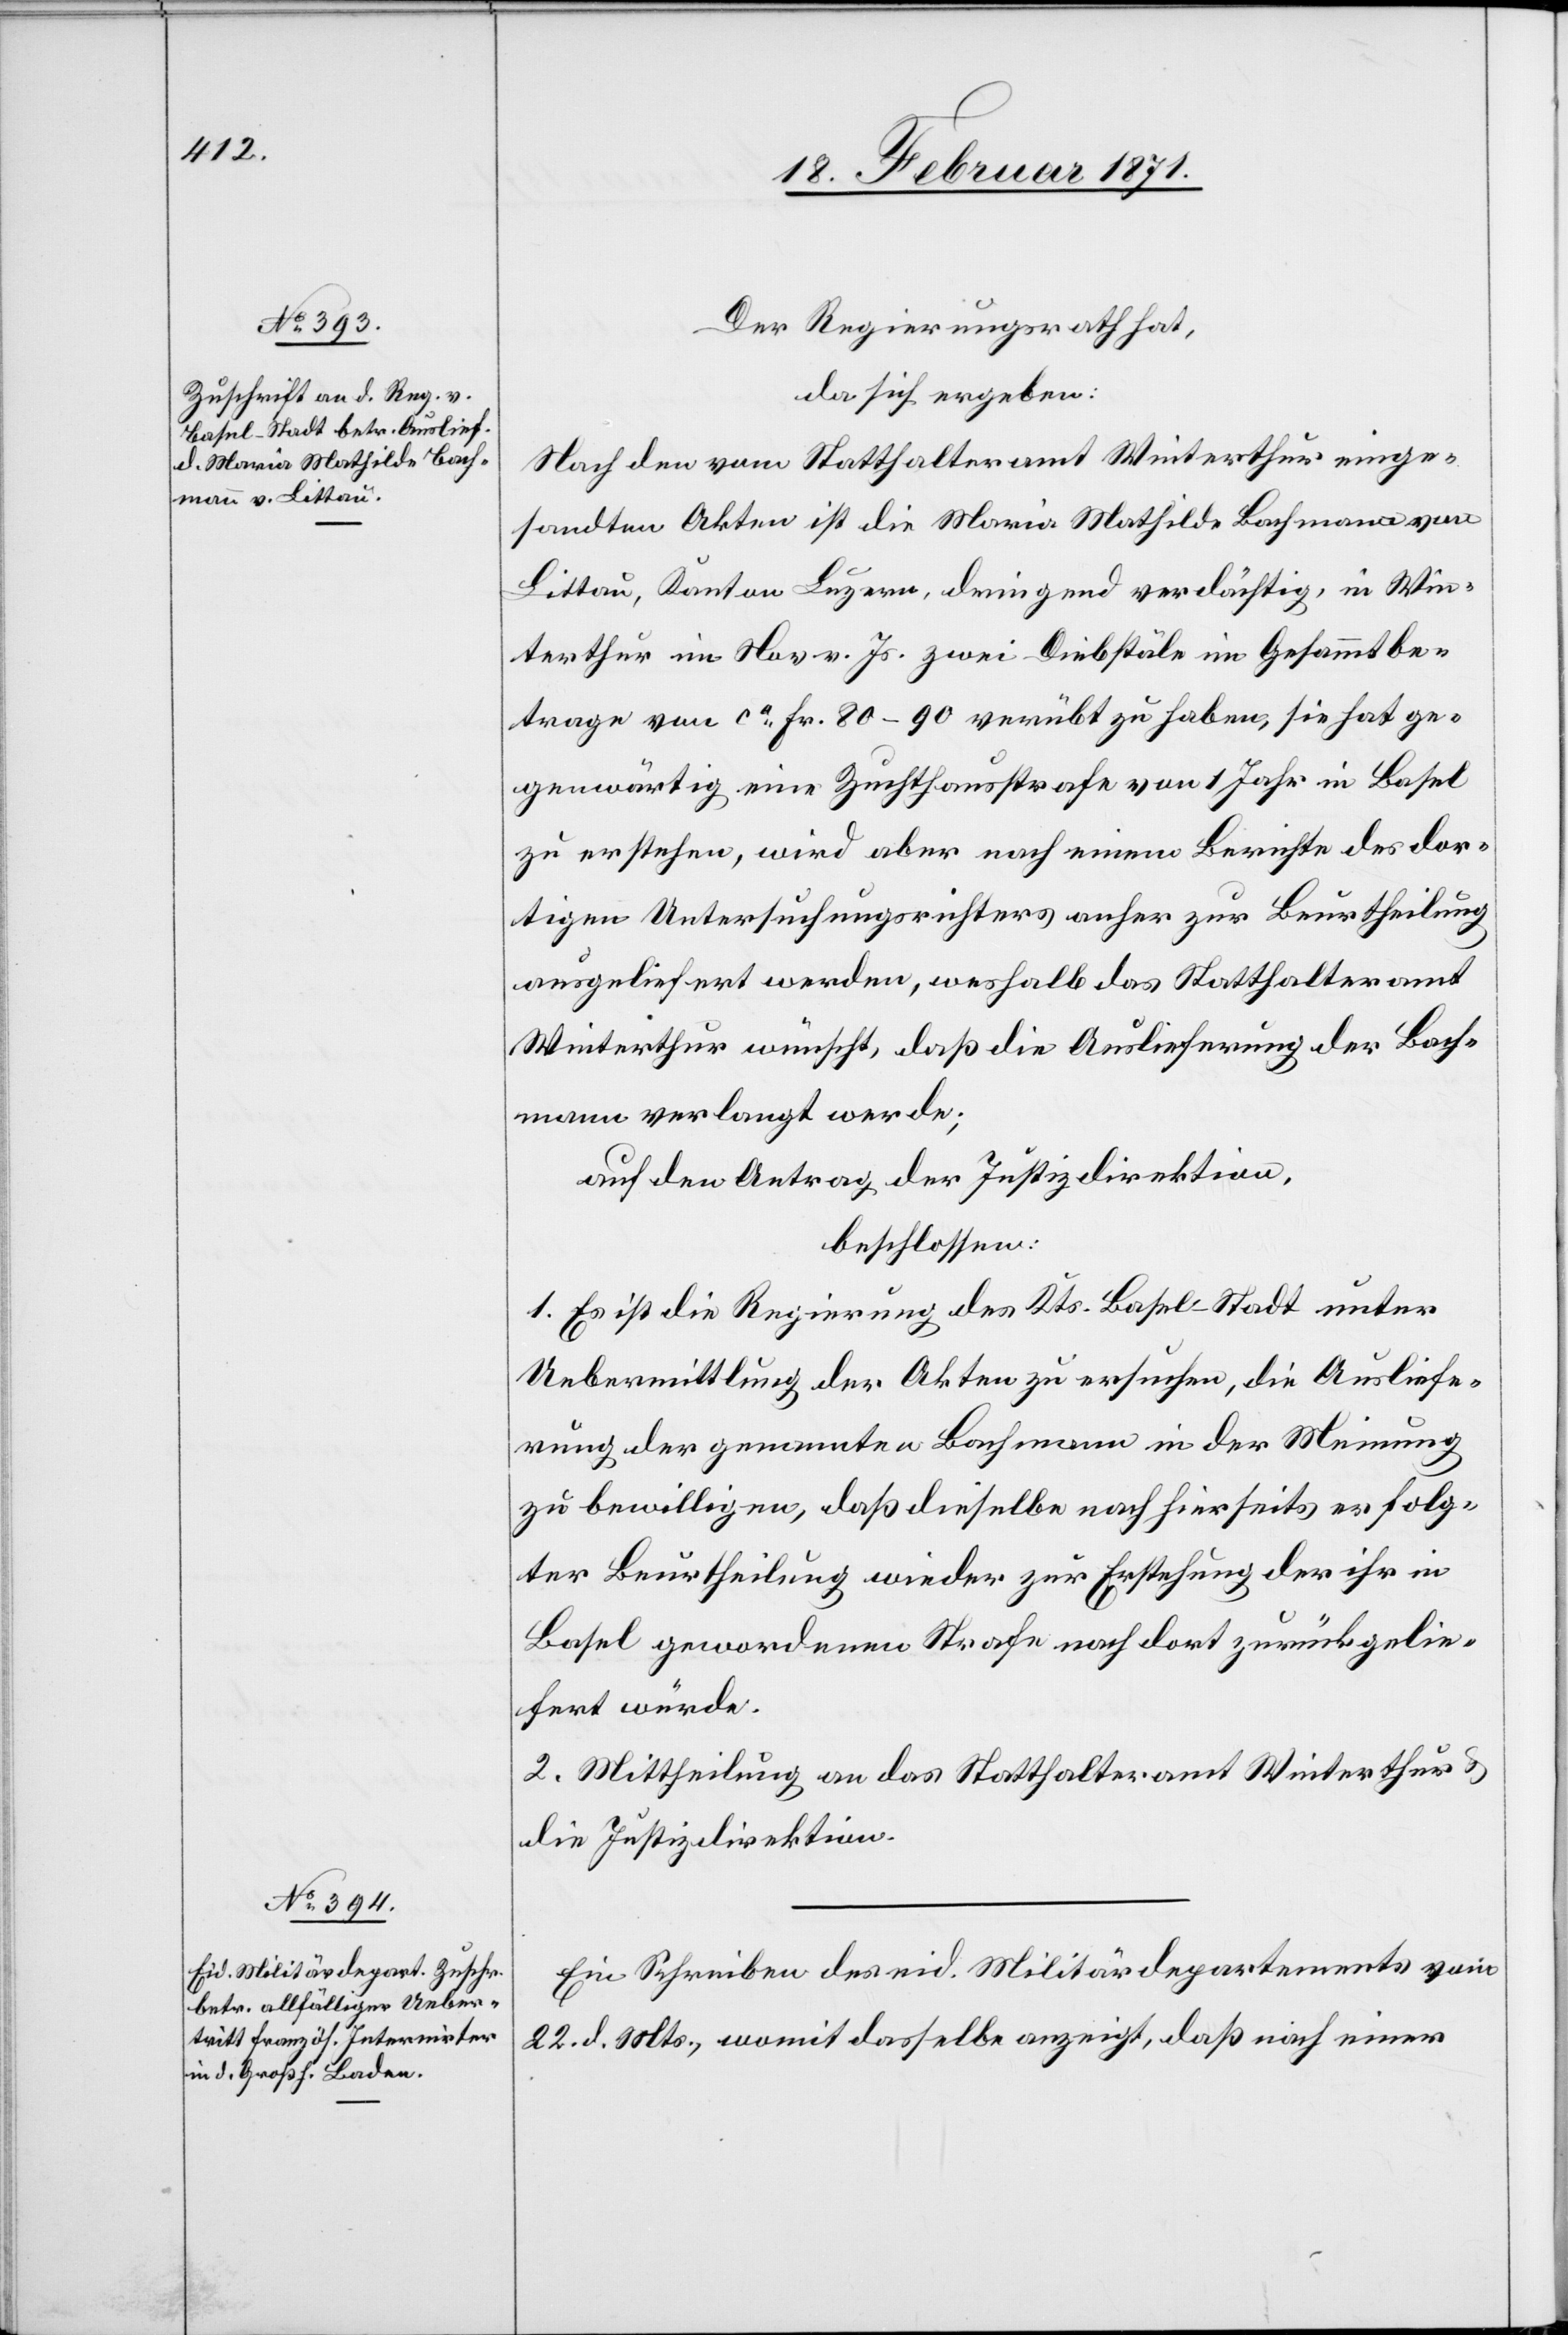
24. Februar 1871.]
Der Regierungsrath hat,
da sich ergeben:
Nach den vom Statthalteramt Winterthur einge¬
sandten Akten ist die Maria Mathilde Bachmann von
Littau, Kanton Luzern, dringend verdächtig, in Win¬
terthur im Nov. v. Js. zwei Diebstäle im Gesammtbe¬
trage von ca. Fr. 80–90 verübt zu haben, sie hat ge¬
genwärtig eine Zuchthausstrafe von 1 Jahr in Basel
zu erstehen, wird aber nach einem Berichte des dor¬
tigen Untersuchungsrichters anher zur Beurtheilung
ausgeliefert werden, weshalb das Statthalteramt
Winterthur wünscht, daß die Auslieferung der Bach¬
mann verlangt werde;
auf den Antrag der Justizdirektion,
beschlossen:
1. Es ist die Regierung des Kts. Basel-Stadt unter
Uebermittlung der Akten zu ersuchen, die Ausliefe¬
rung der genannten Bachmann in der Meinung
zu bewilligen, daß dieselbe nach hierseits erfolg¬
ter Beurtheilung wieder zur Erstehung der ihr in
Basel gewordenen Strafe nach dort zurückgelie¬
fert würde.
2. Mittheilung an das Statthalteramt Winterthur u.
die Justizdirektion.
Ein Schreiben des eid. Militärdepartements vom
22. d. Mts., womit dasselbe anzeigt, daß nach einer